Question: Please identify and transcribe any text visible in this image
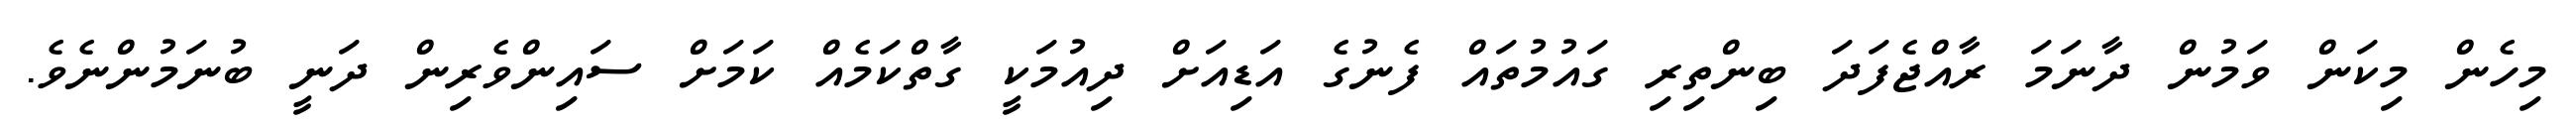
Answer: މިހެން މިކަން ވަމުން ދާނަމަ ރާއްޖެފަދަ ބިންތިރި ގައުމުތައް ފެނުގެ އަޑިއަށް ދިއުމަކީ ގާތްކަމެއް ކަމަށް ސައިންވެރިން ދަނީ ބުނަމުންނެވެ.